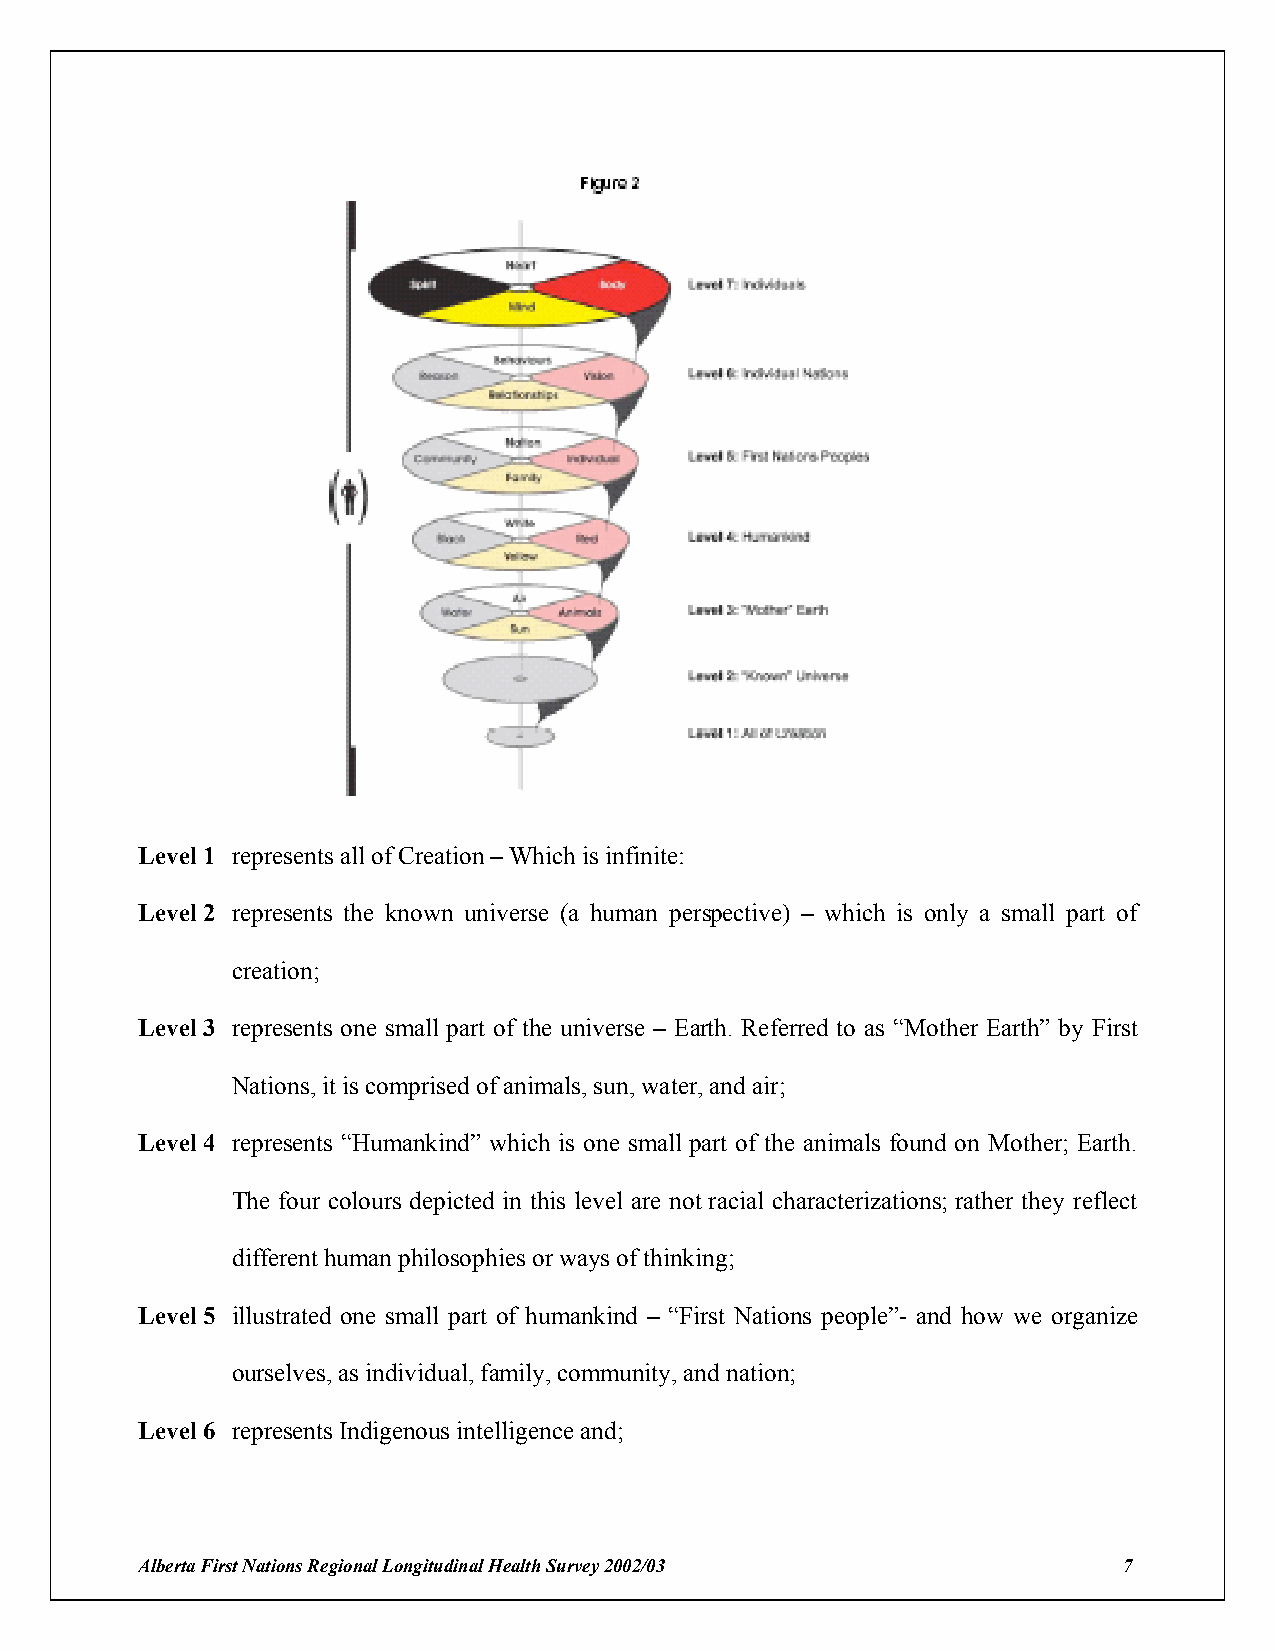
Level 1 represents all of Creation – Which is infinite:
 Level 2 represents the known universe (a human perspective) – which is only a small part of
 creation;
 Level 3 represents one small part of the universe – Earth. Referred to as “Mother Earth” by First
 Nations, it is comprised of animals, sun, water, and air;
 Level 4 represents “Humankind” which is one small part of the animals found on Mother; Earth.
 The four colours depicted in this level are not racial characterizations; rather they reflect
 different human philosophies or ways of thinking;
 Level 5 illustrated one small part of humankind – “First Nations people”- and how we organize
 ourselves, as individual, family, community, and nation;
 Level 6 represents Indigenous intelligence and;
 Alberta First Nations Regional Longitudinal Health Survey 2002/03 7